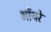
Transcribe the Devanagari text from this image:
भोंयरे